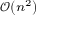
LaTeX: \scriptstyle { { \mathcal { O } } \left( n ^ { 2 } \right) }